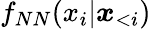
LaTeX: f_{NN}(x_{i}|\boldsymbol x_{<i})